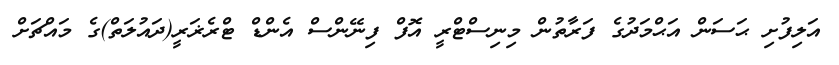
އަލިފުށި ޙަސަން އަޙްމަދުގެ ފަރާތުން މިނިސްޓްރީ އޮފް ފިނޭންސް އެންޑް ޓްރެޜަރީ(ދައުލަތް)ގެ މައްޗަށް